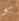
مع